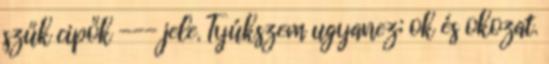
szűk cipők --- jele. Tyúkszem ugyanez; ok és okozat.